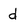
Character: d